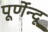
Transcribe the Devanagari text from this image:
पूर्णेन्दू